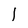
Character: I